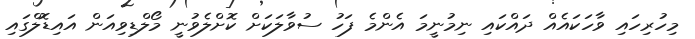
މިހުރިހައި ވާހަކައެއް ދައްކައި ނިމުނީމަ އެންމެ ފަހު ސުވާލަކަށް ކޮށްލެވުނީ މޯލްޑިވިއަން އައިޑޮލްގައި